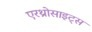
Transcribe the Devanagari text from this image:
एरथ्रोसाइट्स